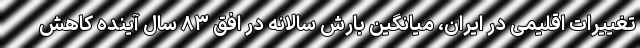
تغییرات اقلیمی در ایران، میانگین بارش سالانه در افق ۸۳ سال آینده کاهش